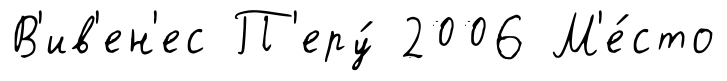
В'ив'ен'ес П'еру́ 2006 М'е́сто